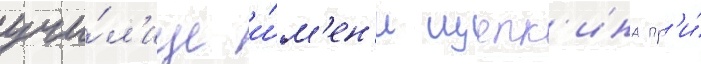
учи́л'ище и́м'ен'и щепк'ина пр'и́